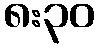
၈:၃၀